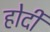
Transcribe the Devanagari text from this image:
होर्दी